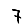
Digit: 7